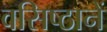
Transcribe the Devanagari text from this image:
वसिष्ठानें